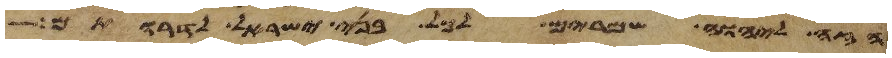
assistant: הזה ליהוה שמרים לכל בני ישראל לדרותם